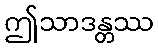
ဤသာဒန္တဿ